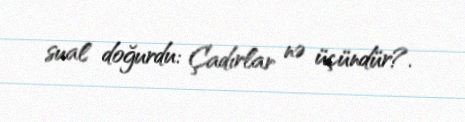
sual doğurdu: Çadırlar nə üçündür?.